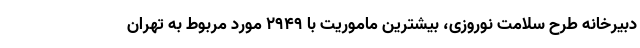
دبیرخانه طرح سلامت نوروزی، بیشترین ماموریت با ۲۹۴۹ مورد مربوط به تهران